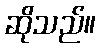
ဆိုသည်။